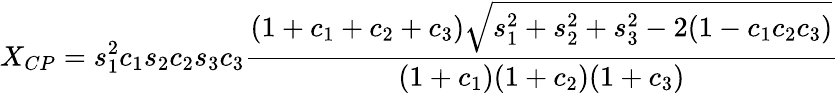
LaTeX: X_{CP}=s_{1}^{2}c_{1}s_{2}c_{2}s_{3}c_{3}\frac{(1+c_{1}+c_{2}+c_{3})\sqrt{s_{1}^{2}+s_{2}^{2}+s_{3}^{2}-2(1-c_{1}c_{2}c_{3})}}{(1+c_{1})(1+c_{2})(1+c_{3})}